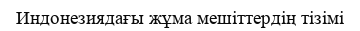
Индонезиядағы жұма мешіттердің тізімі